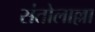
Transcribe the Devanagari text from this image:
संतोलाल्ला